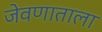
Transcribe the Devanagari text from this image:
जेवणाताला